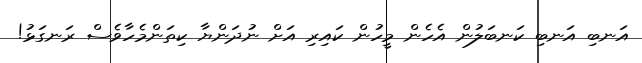
އަނބި އަނބި ކަނބަލުން އެހެން މީހުން ކައިރި އަށް ނުދަންޔާ ކިތަންމެހާވެސް ރަނގަޅު!